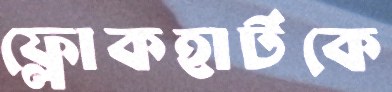
ফ্লোকহার্টকে